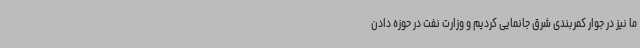
ما نیز در جوار کمربندی شرق جانمایی کردیم و وزارت نفت در حوزه دادن